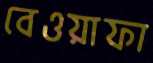
বেওয়াফা